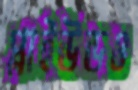
প্লাইউডও